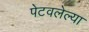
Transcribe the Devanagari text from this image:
पेटवलेल्या